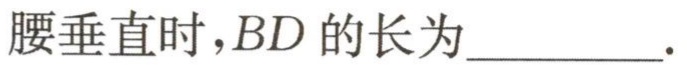
腰垂直时，\(BD\)的长为__________.